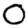
Digit: 0